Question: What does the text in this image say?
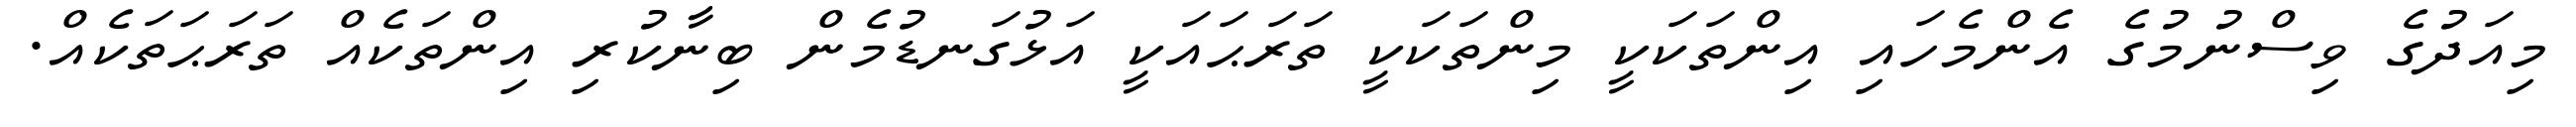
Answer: މިއަދުގެ ވިސްނުމުގެ އެންމެހައި އިންތަކަކީ މިންތަކަކީ ތަރަޙައަކީ އަޅުގަނޑުމެން ބިނާކުރި އިންތަކެއް ތަރަޙަތަކެއް.